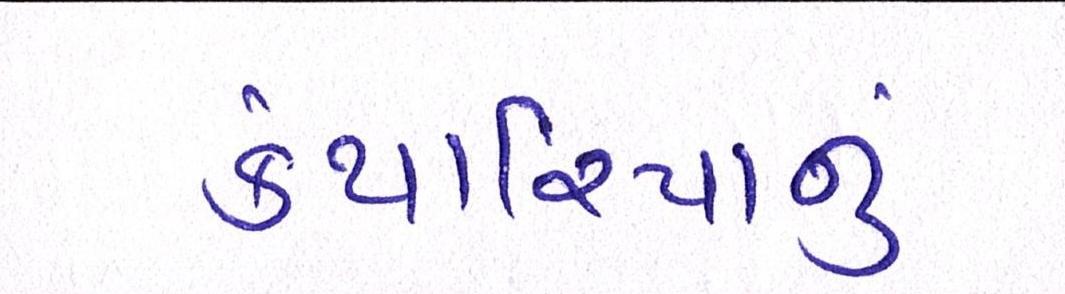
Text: કંથારિયાનું